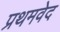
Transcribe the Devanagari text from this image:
प्रथमवेद